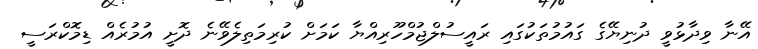
އޭނާ ވިދާޅުވީ ދުނިޔޭގެ ގައުމުތަކުގައި ރައީސުލްޖުމްހޫރިއްޔާ ކަަމަށް ކުރިމަތިލެވޭނެ ދޮށީ އުމުރެއް ޑިމޮކްރަސީ